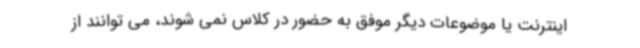
اینترنت یا موضوعات دیگر موفق به حضور در کلاس نمی شوند، می توانند از